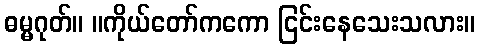
ဓမ္မဂုတ်။ ။ကိုယ်တော်ကကော ငြင်းနေသေးသလား။